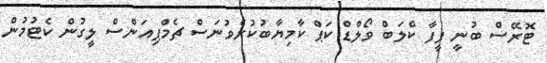
ޓޮރޭސް ބުނީ ފީފާ ކްލަބް ވޯލްޑް ކަޕް ކާމިޔާބުކުރެވުނަސް ޗެމްޕިއަންސް ލީގުން ކެޓުމުން